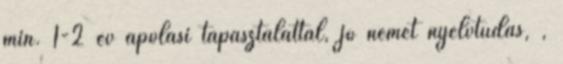
min. 1-2 év ápolási tapasztalattal, jó német nyelvtudás, ,